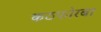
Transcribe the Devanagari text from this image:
कठफोरबा